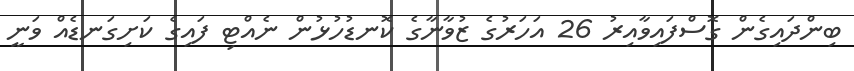
ބިންދައިގެން ގޮސްފައިވާއިރު 26 އަހަރުގެ ޒުވާނާގެ ކޮނޑުހުޅުން ނެއްޓި ފައިގެ ކަށިގަނޑެއް ވަނީ